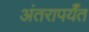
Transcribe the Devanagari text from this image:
अंतरापर्यँत